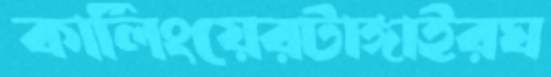
কার্লিংয়েরটাঙ্গাইরঘ